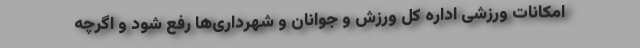
امکانات ورزشی اداره کل ورزش و جوانان و شهرداری‌ها رفع شود و اگرچه